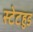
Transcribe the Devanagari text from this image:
स्टेटहुड